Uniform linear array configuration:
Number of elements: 4
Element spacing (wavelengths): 1
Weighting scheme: exponential
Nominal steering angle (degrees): -60
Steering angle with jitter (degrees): -60.518
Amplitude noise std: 0.05
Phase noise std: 0.05

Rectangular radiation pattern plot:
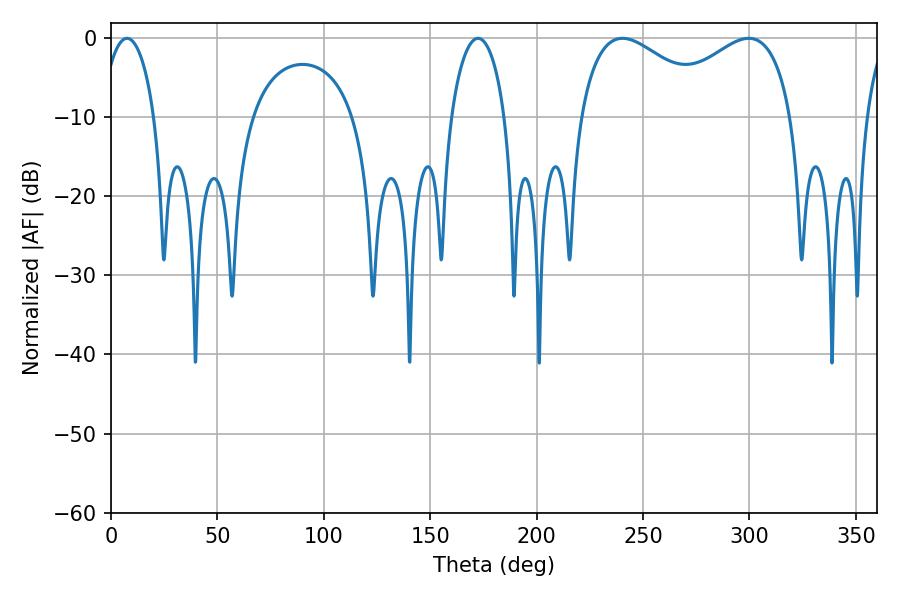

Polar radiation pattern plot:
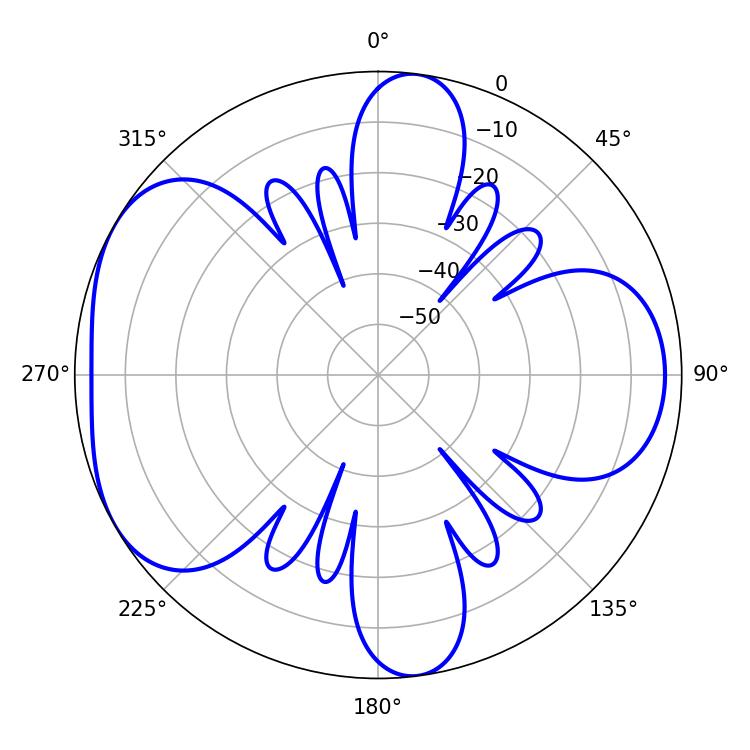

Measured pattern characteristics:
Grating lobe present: TRUE
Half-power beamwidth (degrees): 35.64
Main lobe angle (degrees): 240.3